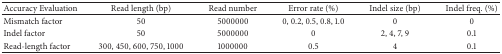
| Accuracy Evaluation | Read length (bp) | Read number | Error rate (%) | Indel size (bp) | Indel freq. (%) |
 | --- | --- | --- | --- | --- | --- |
 | Mismatch factor | 50 | 5000000 | 0, 0.2, 0.5, 0.8, 1.0 | 0 | 0 |
 | Indel factor | 50 | 5000000 | 0 | 2, 4, 7, 9 | 0.1 |
 | Read-length factor | 300, 450, 600, 750, 1000 | 1000000 | 0.5 | 4 | 0.1 |